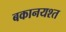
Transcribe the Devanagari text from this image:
बकानयश्त